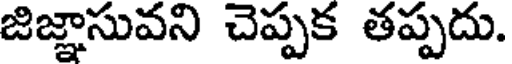
జిజ్ఞాసువని చెప్పక తప్పదు.